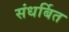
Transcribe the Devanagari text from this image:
संधर्बित